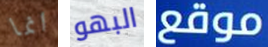
انما البهو موقع